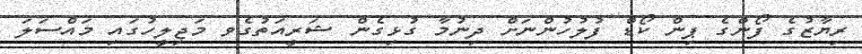
ރިޔާޒުގެ ފޯންގެ ޕިން ކޯޑް ފުލުހުންނަށް ދިނުމާ ގުޅިގެން ޝަރީއަތުގެވ މަޖިލީހުގައި މައްސަލަ